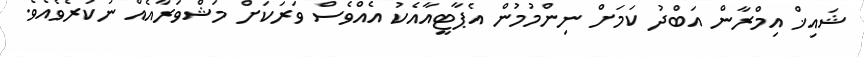
ޝައިޚް އިމްރާން އަބްދު ކަމަށް ނިންމުމުން އެޕާޓީއާއެކު އެއްވެސް ވަރަކަށް މަޝްވަރާއެއް ނުކުރެވެއެވެ.